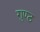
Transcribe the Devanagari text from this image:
गुण्ठ